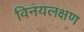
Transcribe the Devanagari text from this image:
विनयलक्षण